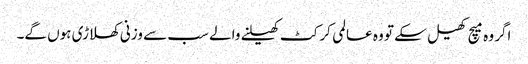
اگر وہ میچ کھیل سکے تو وہ عالمی کرکٹ کھیلنے والے سب سے وزنی کھلاڑی ہوں گے۔